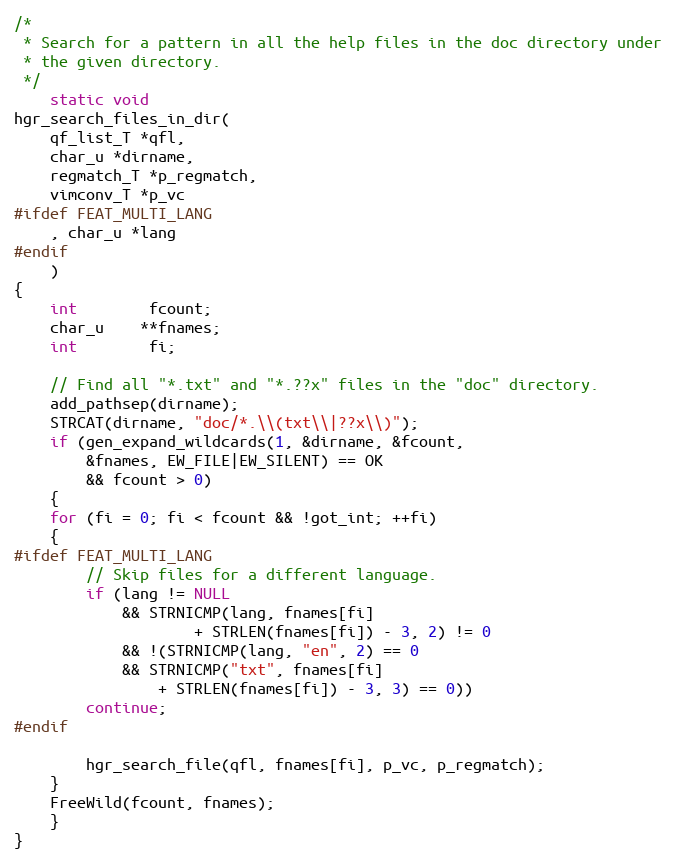
Language: C
/*
 * Search for a pattern in all the help files in the doc directory under
 * the given directory.
 */
    static void
hgr_search_files_in_dir(
	qf_list_T *qfl,
	char_u *dirname,
	regmatch_T *p_regmatch,
	vimconv_T *p_vc
#ifdef FEAT_MULTI_LANG
	, char_u *lang
#endif
	)
{
    int		fcount;
    char_u	**fnames;
    int		fi;

    // Find all "*.txt" and "*.??x" files in the "doc" directory.
    add_pathsep(dirname);
    STRCAT(dirname, "doc/*.\\(txt\\|??x\\)");
    if (gen_expand_wildcards(1, &dirname, &fcount,
		&fnames, EW_FILE|EW_SILENT) == OK
	    && fcount > 0)
    {
	for (fi = 0; fi < fcount && !got_int; ++fi)
	{
#ifdef FEAT_MULTI_LANG
	    // Skip files for a different language.
	    if (lang != NULL
		    && STRNICMP(lang, fnames[fi]
				    + STRLEN(fnames[fi]) - 3, 2) != 0
		    && !(STRNICMP(lang, "en", 2) == 0
			&& STRNICMP("txt", fnames[fi]
			    + STRLEN(fnames[fi]) - 3, 3) == 0))
		continue;
#endif

	    hgr_search_file(qfl, fnames[fi], p_vc, p_regmatch);
	}
	FreeWild(fcount, fnames);
    }
}